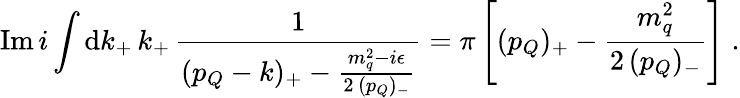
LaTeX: \mathrm{Im}\, i\int\mathrm{d}k_{+}\, k_{+}\, \frac{1}{(p_{Q}-k)_{+}-\frac{m_{q}^{2}-i\epsilon}{2\, (p_{Q})_{-}}}=\pi\left[(p_{Q})_{+}-\frac{m_{q}^{2}}{2\, (p_{Q})_{-}}\right]\; .